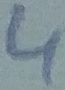
Text: 4